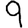
Digit: 9